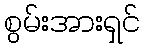
စွမ်းအားရှင်